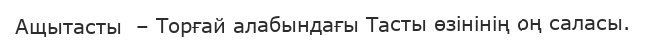
Ащытасты  – Торғай алабындағы Тасты өзінінің оң саласы.